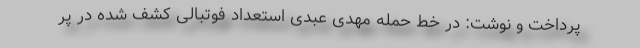
پرداخت و نوشت: در خط حمله مهدی عبدی استعداد فوتبالی کشف شده در پر